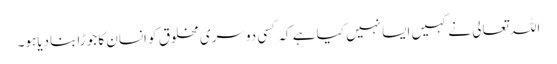
اللہ تعالی نے کہیں ایسا نہیں کیا ہے کہ کسی دوسری مخلوق کو انسان کا جوڑا بنادیاہو۔